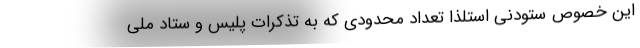
این خصوص ستودنی استلذا تعداد محدودی که به تذکرات پلیس و ستاد ملی